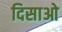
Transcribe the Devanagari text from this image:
दिसाओ